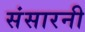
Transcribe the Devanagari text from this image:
संसारनी